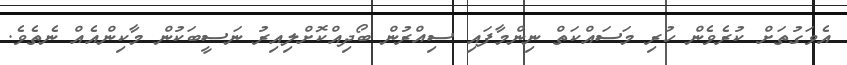
އެވަގުތަށް ކުރެވެން ހުރި މަސައްކަތް ނިންމާފައި ސިއްރުން ބޯދިއްކޮށްލިއިރު ނަސީބަކުން މާކިންއެއް ނެތެވެ.